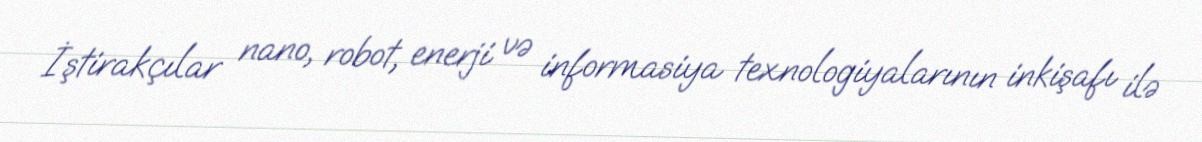
İştirakçılar nano, robot, enerji və informasiya texnologiyalarının inkişafı ilə